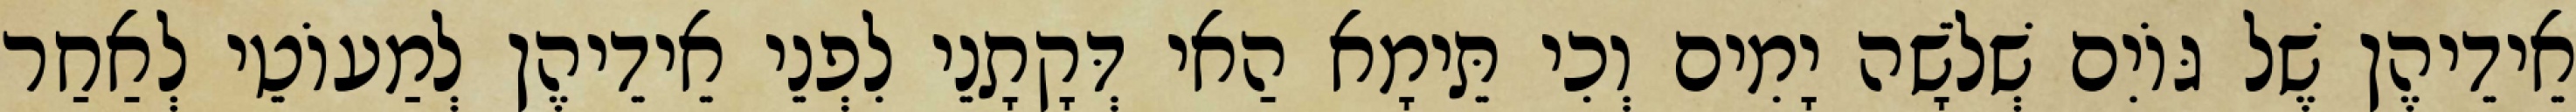
אֵידֵיהֶן שֶׁל גּוֹיִם שְׁלֹשָׁה יָמִים וְכִי תֵּימָא הַאי דְּקָתָנֵי לִפְנֵי אֵידֵיהֶן לְמַעוֹטֵי לְאַחַר